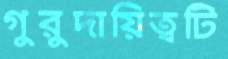
গুরুদায়িত্বটি